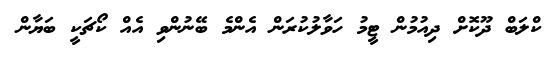
ކްލަބް ދޫކޮށް ދިއުމުން ޓީމު ހަވާލުކުރަން އެންމެ ބޭނުންވި އެއް ކޯޗަކީ ބަޔާން